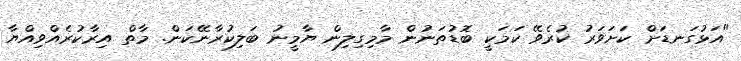
"އަޅުގަނޑަށް ކަށަވަރު ކުރެވޭ ކަމަކީ ބޮޑުތަނުން މާމިގިލިން ޔާމީނު ބަލިކުރާނޭކަން. މާތް އިރާކުރެއްވިއްޔާ